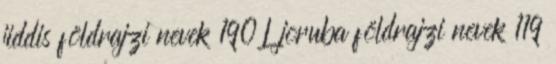
jiddis földrajzi nevek‎ 190 L joruba földrajzi nevek‎ 119